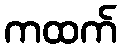
ကထက်